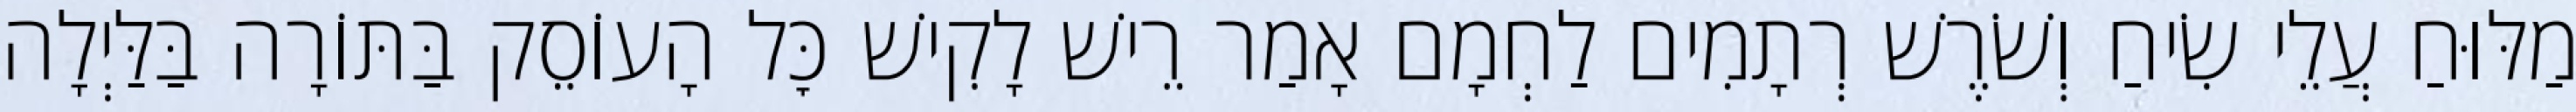
מַלּוּחַ עֲלֵי שִׂיחַ וְשֹׁרֶשׁ רְתָמִים לַחְמָם אָמַר רֵישׁ לָקִישׁ כׇּל הָעוֹסֵק בַּתּוֹרָה בַּלַּיְלָה